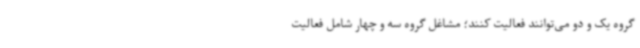
گروه یک و دو می‌توانند فعالیت کنند؛ مشاغل گروه سه و چهار شامل فعالیت